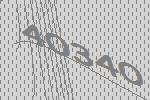
40340